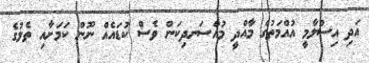
އަދި އިސްލާމީ އުއްމަތުގެ މާއްދީ މުއްސަނދިކަން ވެސް ކުޑައެއް ނޫން ކަމަށާއި ތެލުގެ